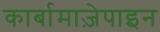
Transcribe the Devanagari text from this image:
कार्बामाज़ेपाइन